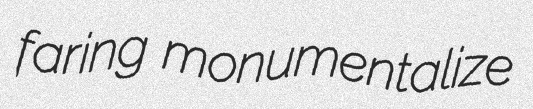
faring monumentalize